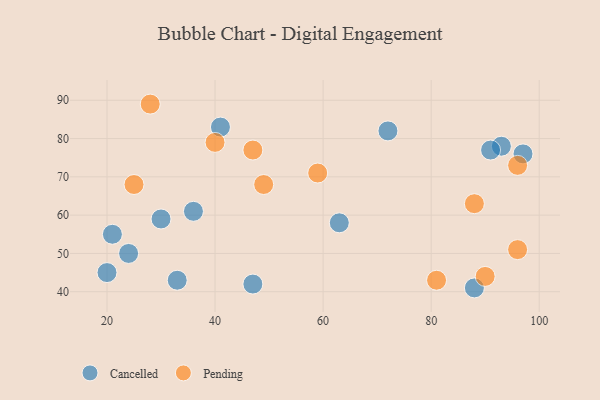
{"axis": {"x": "GDP", "y": "Life Expectancy"}, "legend": ["Cancelled", "Pending"], "data": [{"x": "24", "y": 50, "type": "Cancelled"}, {"x": "47", "y": 42, "type": "Cancelled"}, {"x": "30", "y": 59, "type": "Cancelled"}, {"x": "20", "y": 45, "type": "Cancelled"}, {"x": "41", "y": 83, "type": "Cancelled"}, {"x": "21", "y": 55, "type": "Cancelled"}, {"x": "63", "y": 58, "type": "Cancelled"}, {"x": "72", "y": 82, "type": "Cancelled"}, {"x": "93", "y": 78, "type": "Cancelled"}, {"x": "97", "y": 76, "type": "Cancelled"}, {"x": "91", "y": 77, "type": "Cancelled"}, {"x": "88", "y": 41, "type": "Cancelled"}, {"x": "33", "y": 43, "type": "Cancelled"}, {"x": "36", "y": 61, "type": "Cancelled"}, {"x": "88", "y": 63, "type": "Pending"}, {"x": "59", "y": 71, "type": "Pending"}, {"x": "25", "y": 68, "type": "Pending"}, {"x": "47", "y": 77, "type": "Pending"}, {"x": "28", "y": 89, "type": "Pending"}, {"x": "49", "y": 68, "type": "Pending"}, {"x": "96", "y": 73, "type": "Pending"}, {"x": "81", "y": 43, "type": "Pending"}, {"x": "90", "y": 44, "type": "Pending"}, {"x": "40", "y": 79, "type": "Pending"}, {"x": "96", "y": 51, "type": "Pending"}]}